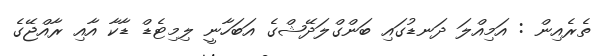
ތެެރެއިން : އަމިއްލަ ދަނޑުގައި ބަންގްލަދޭޝްގެ އަބަހާނީ ލިމިޓެޑް ޑާކާ އާއި ރާއްޖޭގެ